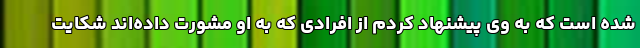
شده است که به وی پیشنهاد کردم از افرادی که به او مشورت داده‌اند شکایت